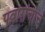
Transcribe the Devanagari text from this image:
पवारांचाच